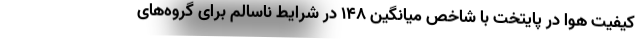
کیفیت هوا در پایتخت با شاخص میانگین ۱۴۸ در شرایط ناسالم برای گروه‌های